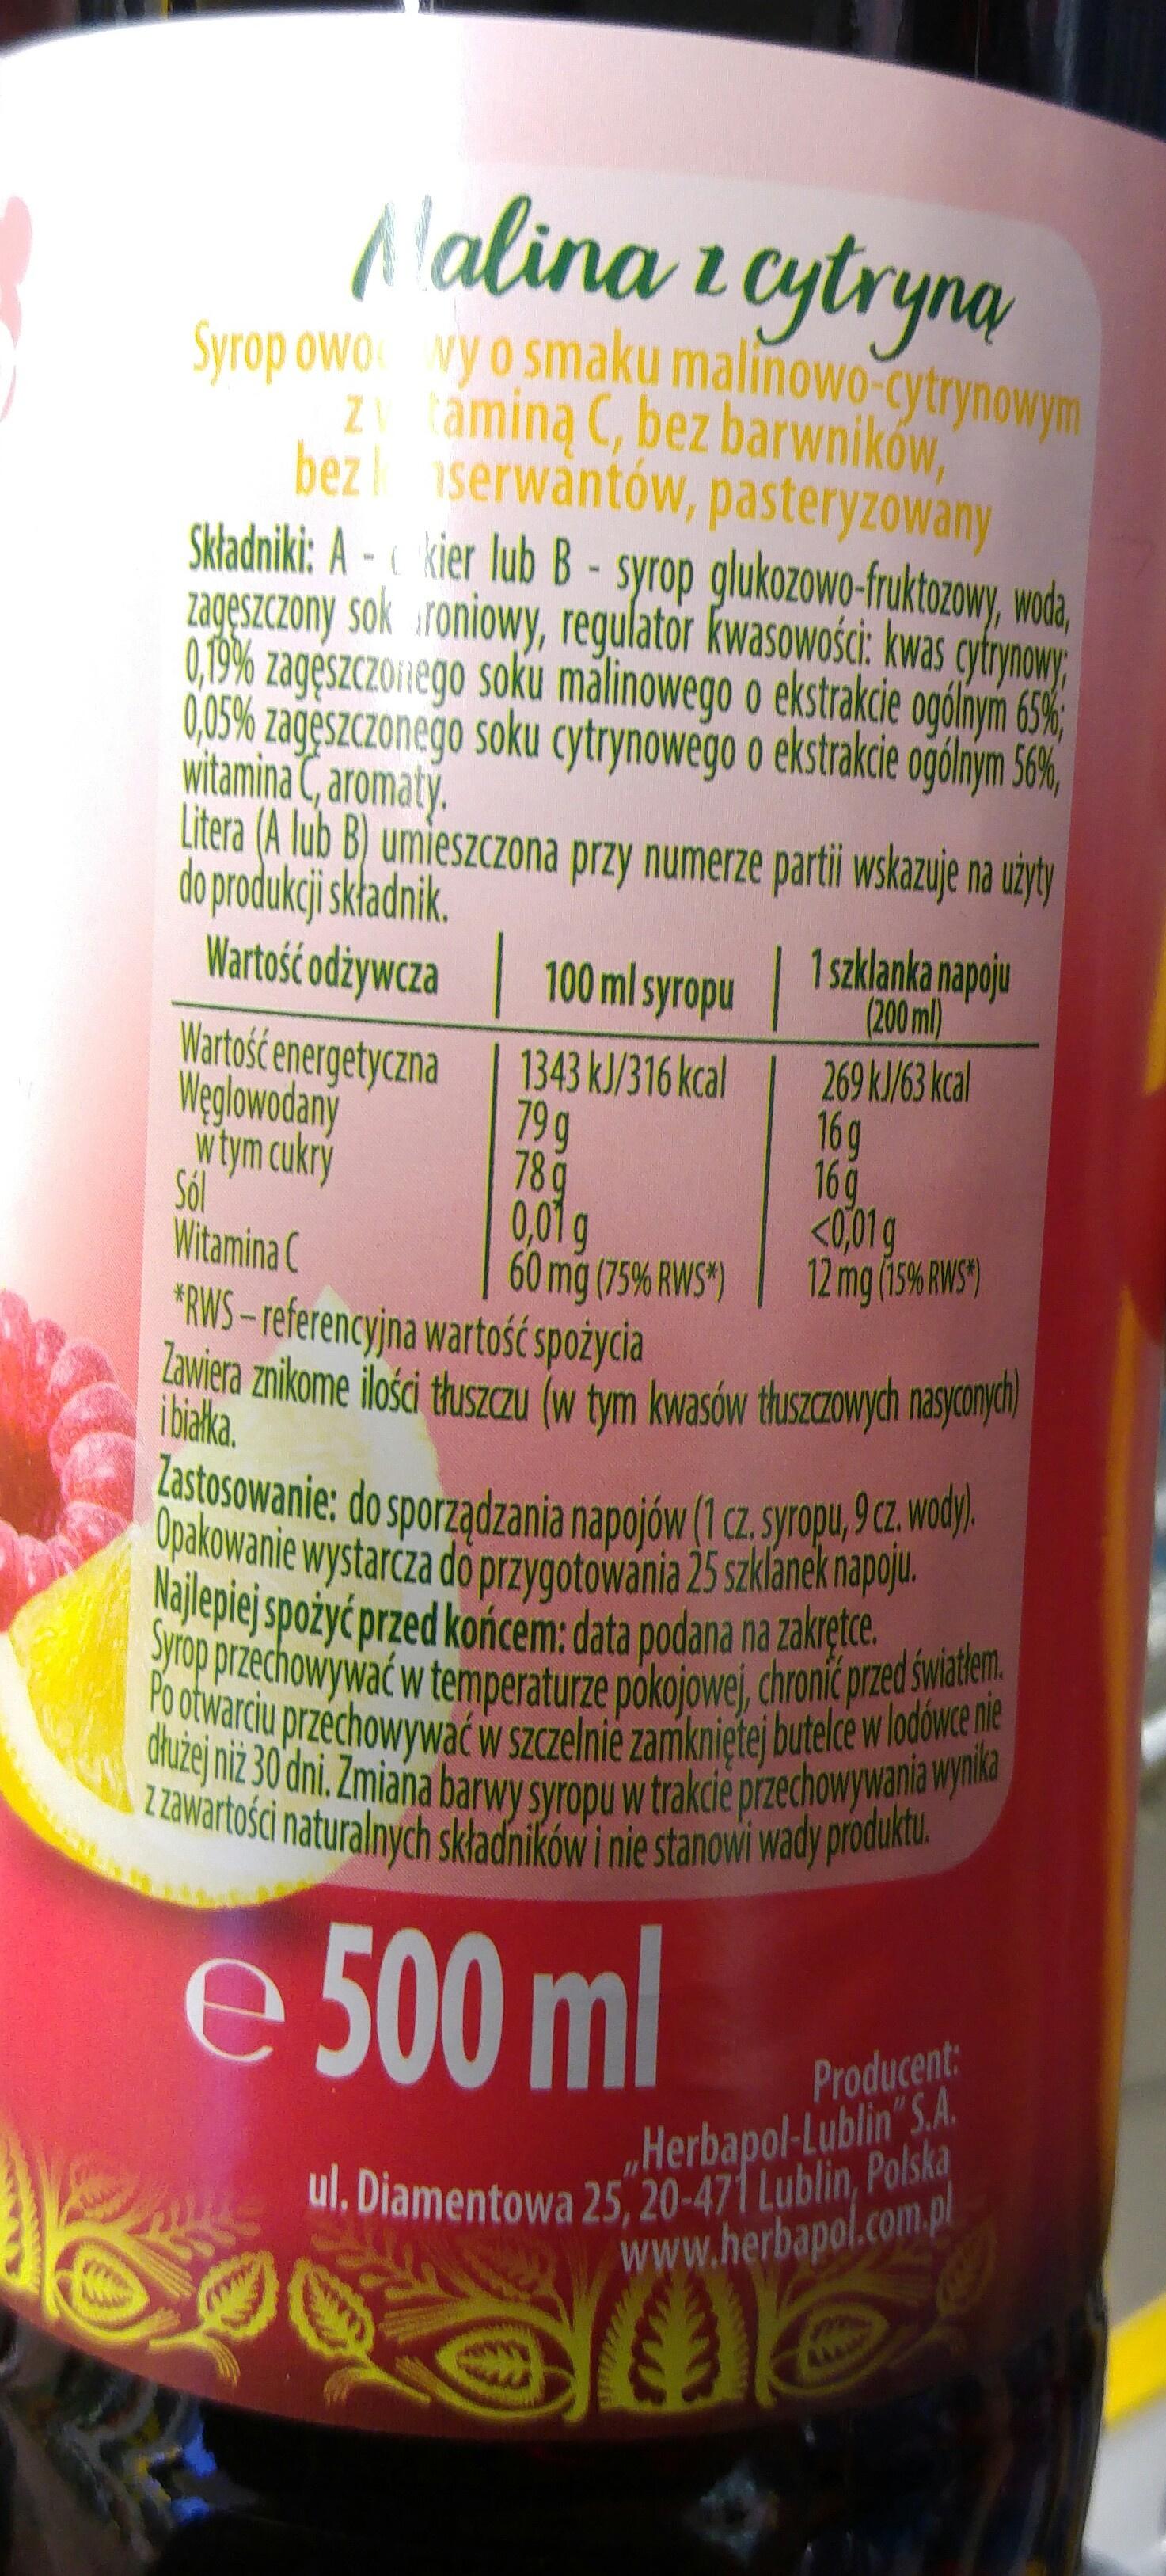
A'alina i cytryna Syrop owo vyo smaku malinowo-cytrynowym Ztaminą C, bez barwników, bez iserwantów, pasteryzowany Składniki: A - « kier lub B - syrop glukozowo-fruktozowy, woa, zageszczony sok roniowy, regulator kwasowości: kwas cyfrynowy 0,19% zagęszczoivego soku mālinowego o ekstrakcie ogólnym 65% 0,05% zageszczonego soku cytrynowego o ekstrakcie ogólným 56%, witamina C, aromaty. Litera (A lub B) umieszczona przy numerze parti wskazuje na użyty do produkcjiskładnik. Wartość odżywcza| 100 ml syropu Wartość energetyczna 79g 78g 0,01 g 1 szklanka napoju (200ml) 269 kJ/63 kcal 16g 16g <001g 12 mg (154 RWS) 1343 kJ/316 kcal Weglowodaný wtym cukry Sól Witamina C 60 mg (75% RWS") *RWS-referencyjna wartość spożycia Zawiera znikome ilości thuszczu (w tym kwasów thuszczowych nasyconych) ibiaka. Zastosowanie: do sporządzania napojów (1 cz. syropu, 9 z, wody). Opakowanie wystarcza do przygotowania 25 szklanek napoju. Nalepiej spożyć przed końcem: data podana na zakrętce. Syrop przechowywać w temperaturze pókojowej, chronic przed swatem. Po otwarciu przechowywać w szczelnie zamknietej butelce w lodówce nie dhużej niż 30 dni. Zmiana barwy syropu w trakcie przechowywania wynika A zZwartośći naturalnych skladników i nie stanowi wady produktu. e 500 ml Producent: ul. Diamentowa 25, 20-471 Lublin, Polska www.herbapol.com.pl Herbapol-Lublin" S.A.